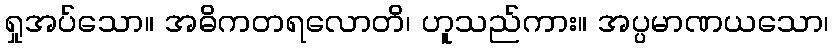
ရှုအပ်သော။ အဓိကတရလောတိ၊ ဟူသည်ကား။ အပ္ပမာဏယသော၊